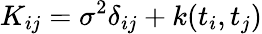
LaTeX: K_{ij}=\sigma^{2}\delta_{ij}+k(t_{i},t_{j})